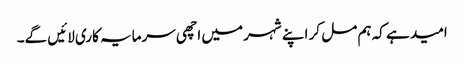
امید ہے کہ ہم مل کر اپنے شہر میں اچھی سرمایہ کاری لائیں گے۔